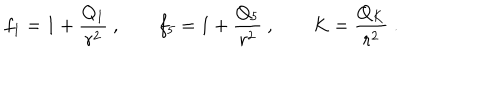
f _ { 1 } = 1 + { \frac { Q _ { 1 } } { r ^ { 2 } } } \ , \qquad f _ { 5 } = 1 + { \frac { Q _ { 5 } } { r ^ { 2 } } } \ , \qquad K = { \frac { Q _ { K } } { r ^ { 2 } } } \ .